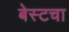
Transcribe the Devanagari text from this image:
बेस्टचा